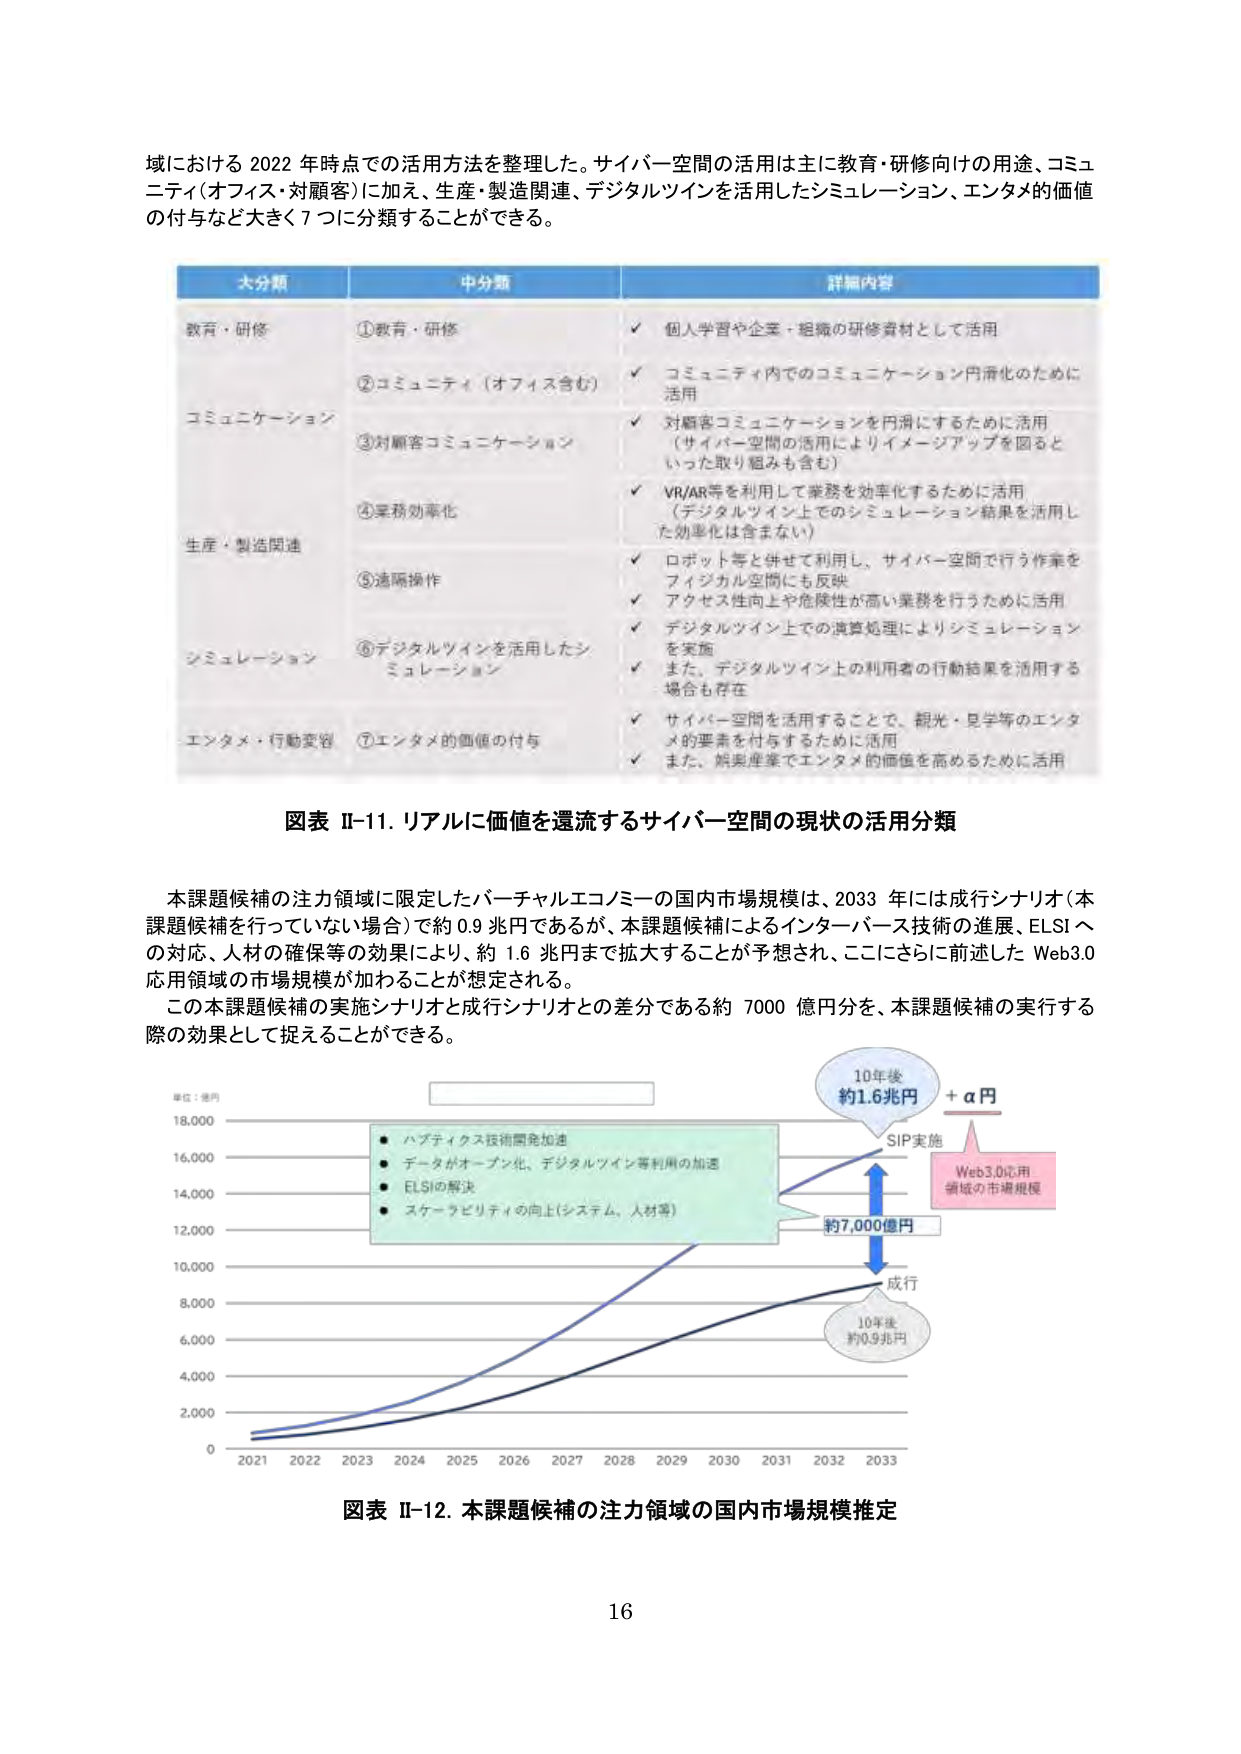
域における 2022 年時点での活用方法を整理した。サイバー空間の活用は主に教育・研修向けの用途、コミュニティ（オフィス・対顧客）に加え、生産・製造関連、デジタルツインを活用したシミュレーション、エンタメの価値の付与など大きく7つに分類することができる。

大分類 中分類 詳細内容
教育・研修 ①教育・研修 ✓ 個人学習や企業・組織の研修教材として活用
コミュニケーション ②コミュニティ（オフィス含む） ✓ コミュニティ内でのコミュニケーション円滑化のために活用
③対顧客コミュニケーション ✓ 対顧客コミュニケーションを円滑にするために活用（サイバー空間の活用によりイメージアップを図るといった取り組みも含む）
生産・製造関連 ④業務効率化 ✓ VR/AR等を利用して業務を効率化するために活用（デジタルツイン上でのシミュレーション結果を活用した効率化は含まない）
⑤遠隔操作 ✓ ロボット等と併せて利用し、サイバー空間で行う作業をフィジカル空間にも反映
✓ アクセス性向上や危険性が高い業務を行うために活用
シミュレーション ⑥デジタルツインを活用したシミュレーション ✓ デジタルツイン上での演算処理によりシミュレーションを実施
✓ また、デジタルツイン上の利用者の行動結果を活用する場合も存在
エンタメ・行動変容 ⑦エンタメの価値の付与 ✓ サイバー空間を活用することで、観光・見学等のエンタメ的要素を付与するために活用
✓ また、娯楽産業でエンタメ的価値を高めるために活用

図表 II-11. リアルに価値を還流するサイバー空間の現状の活用分類

本課題候補の注力領域に限定したバーチャルエコノミーの国内市場規模は、2033 年には成行シナリオ（本課題候補を行っていない場合）で約 0.9 兆円であるが、本課題候補によるインターバース技術の進展、ELSI への対応、人材の確保等の効果により、約 1.6 兆円まで拡大することが予想され、ここにさらに前述した Web3.0 応用領域の市場規模が加わることが想定される。
この本課題候補の実施シナリオと成行シナリオとの差分である約 7000 億円分を、本課題候補の実行する際の効果として捉えることができる。

単位：億円
18,000
16,000
14,000
12,000
10,000
8,000
6,000
4,000
2,000
0
2021 2022 2023 2024 2025 2026 2027 2028 2029 2030 2031 2032 2033

● ハプティクス技術開発加速
● データがオープン化、デジタルツイン等利用の加速
● ELSIの解決
● スケーラビリティの向上（システム、人材等）

10年後 約1.6兆円
+ α円
SIP実施
Web3.0応用 領域の市場規模
約7,000億円
成行
10年後 約0.9兆円

図表 II-12. 本課題候補の注力領域の国内市場規模推定

16